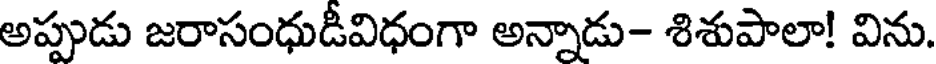
అప్పుడు జరాసంధుడీవిధంగా అన్నాడు- శిశుపాలా! విను.